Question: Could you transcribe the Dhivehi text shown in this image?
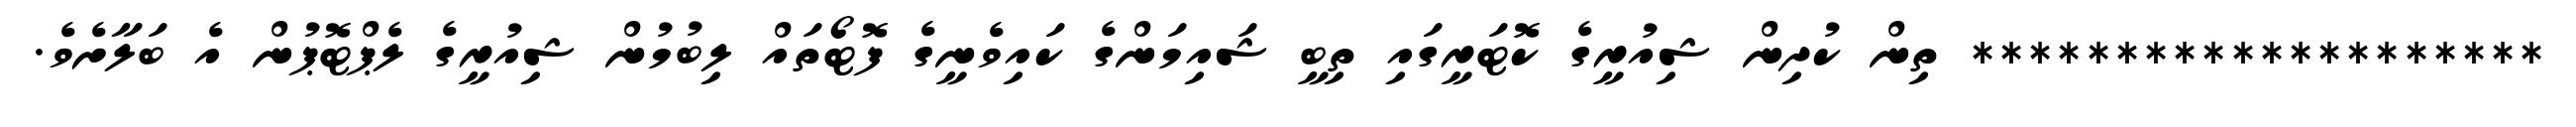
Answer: ******************** ތިން ކުދިން ޝިއުރީގެ ކޮޓަރީގައި ތިބީ ޝައިމަންގެ ކައިވެނީގެ ފޮޓޯތައް ލިބުމުން ޝިއުރީގެ ލެޕްޓޮޕުން އެ ބަލާށެވެ.